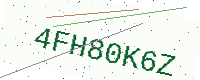
Text: 4FH80K6Z